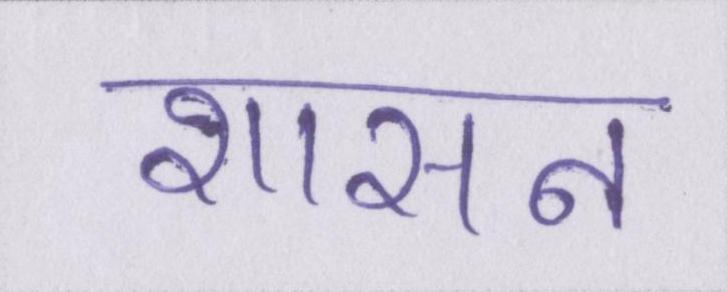
शासन